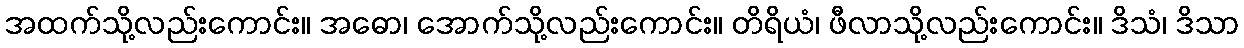
အထက်သို့လည်းကောင်း။ အဓော၊ အောက်သို့လည်းကောင်း။ တိရိယံ၊ ဖီလာသို့လည်းကောင်း။ ဒိသံ၊ ဒိသာ